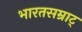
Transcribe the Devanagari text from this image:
भारतसम्राट्